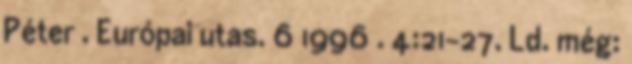
Péter . Európai utas. 6 1996 . 4:21-27. Ld. még: